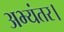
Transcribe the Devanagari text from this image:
अभ्यंतर।